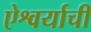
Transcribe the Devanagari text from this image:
ऐश्वर्याची